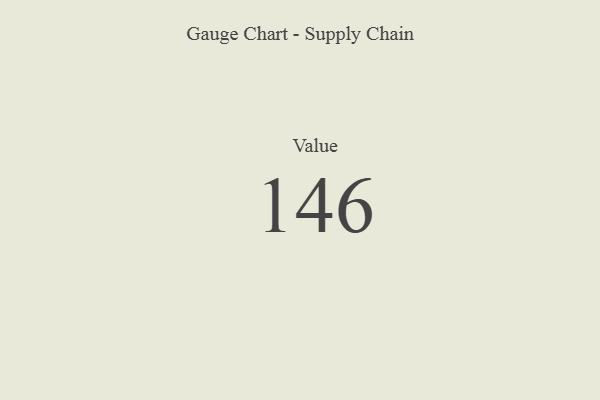
{"axis": {"x": "Metric", "y": "Value"}, "legend": [""], "data": [{"x": "Value", "y": 146, "type": ""}]}